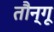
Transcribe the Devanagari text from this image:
तौन्गू